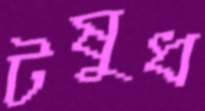
টষুধ